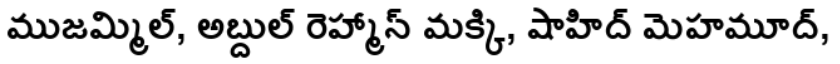
ముజమ్మిల్, అబ్దుల్ రెహ్మాన్ మక్కి, షాహిద్ మెహమూద్,